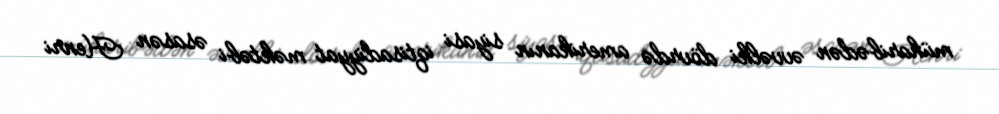
müharibədən əvvəlki dövrdə amerikanın siyasi iqtisadiyyat məktəbi əsasən Henri